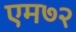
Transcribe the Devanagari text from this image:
एम७२